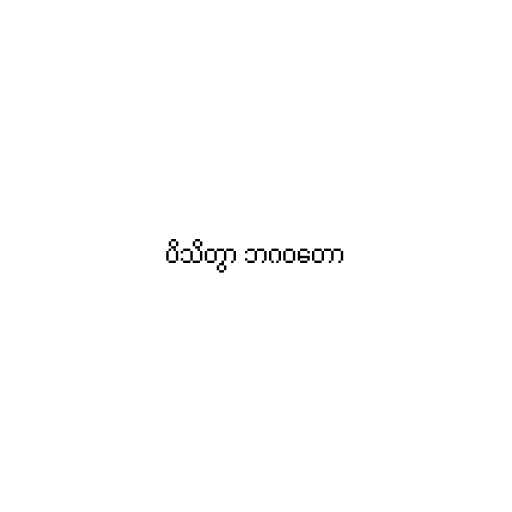
ပိသိတွာ ဘဂဝတော